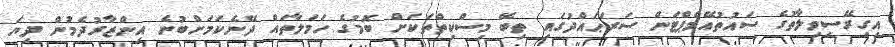
އިގިރޭސިވިލާތުގެ ސައުތުއޭމްޕްޓަން ސަރަޙައްދުގައި ތިބޭ މިސްކިތްތަކަށް ބޮމުގެ ހަމަލާތައް ދޭނެކަމަށްބުނެ އިންޒާރުދެމުން ދިޔަ